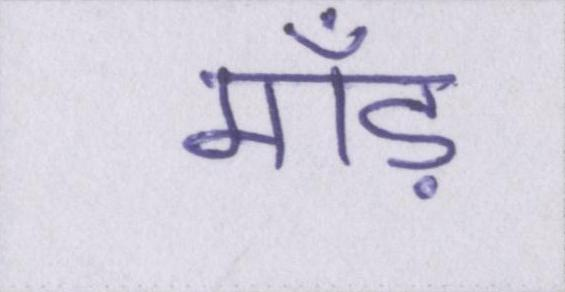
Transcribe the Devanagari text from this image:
माँड़